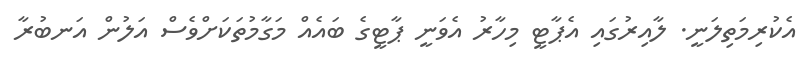
އެކުރިމަތިލަނީ. ލާއިރުގައި އެޕާޓީ މިހާރު އެވަނީ ޕާޓީގެ ބައެއް މަގާމުތަކަށްވެސް އަލުން އަނބުރާ